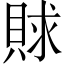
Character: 賕